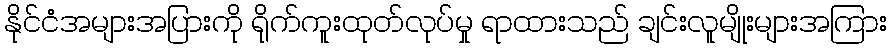
နိုင်ငံအများအပြားကို ရိုက်ကူးထုတ်လုပ်မှု ရာထားသည် ချင်းလူမျိုးများအကြား